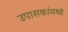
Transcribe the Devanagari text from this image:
उपासकांमध्ये